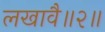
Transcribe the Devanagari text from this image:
लखावै॥२॥